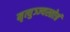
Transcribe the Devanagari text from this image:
मृत्युञ्ज्यस्तोत्रं